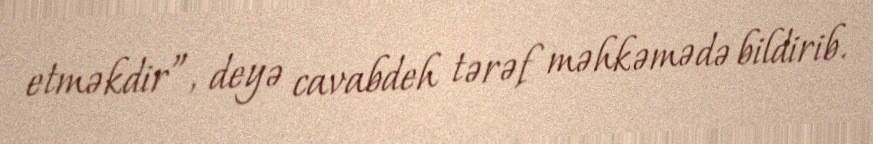
etməkdir”, deyə cavabdeh tərəf məhkəmədə bildirib.